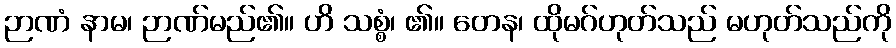
ဉာဏံ နာမ၊ ဉာဏ်မည်၏။ ဟိ သစ္စံ၊ ၏။ တေန၊ ထိုမဂ်ဟုတ်သည် မဟုတ်သည်ကို